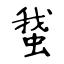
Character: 䖸